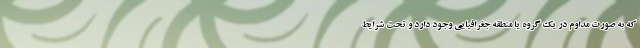
که به صورت مداوم در یک گروه یا منطقه جغرافیایی وجود دارد و تحت شرایط